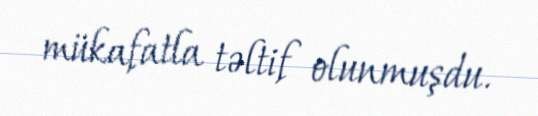
mükafatla təltif olunmuşdu.